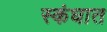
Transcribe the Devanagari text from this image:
स्कंधात